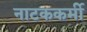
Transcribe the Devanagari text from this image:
नाटककर्मी